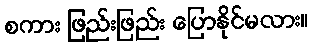
စကား ဖြည်းဖြည်း ပြောနိုင်မလား။